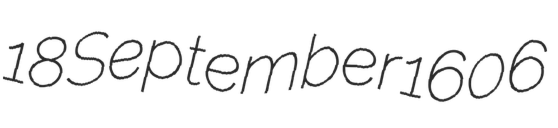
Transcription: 18 September 1606